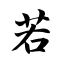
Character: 若